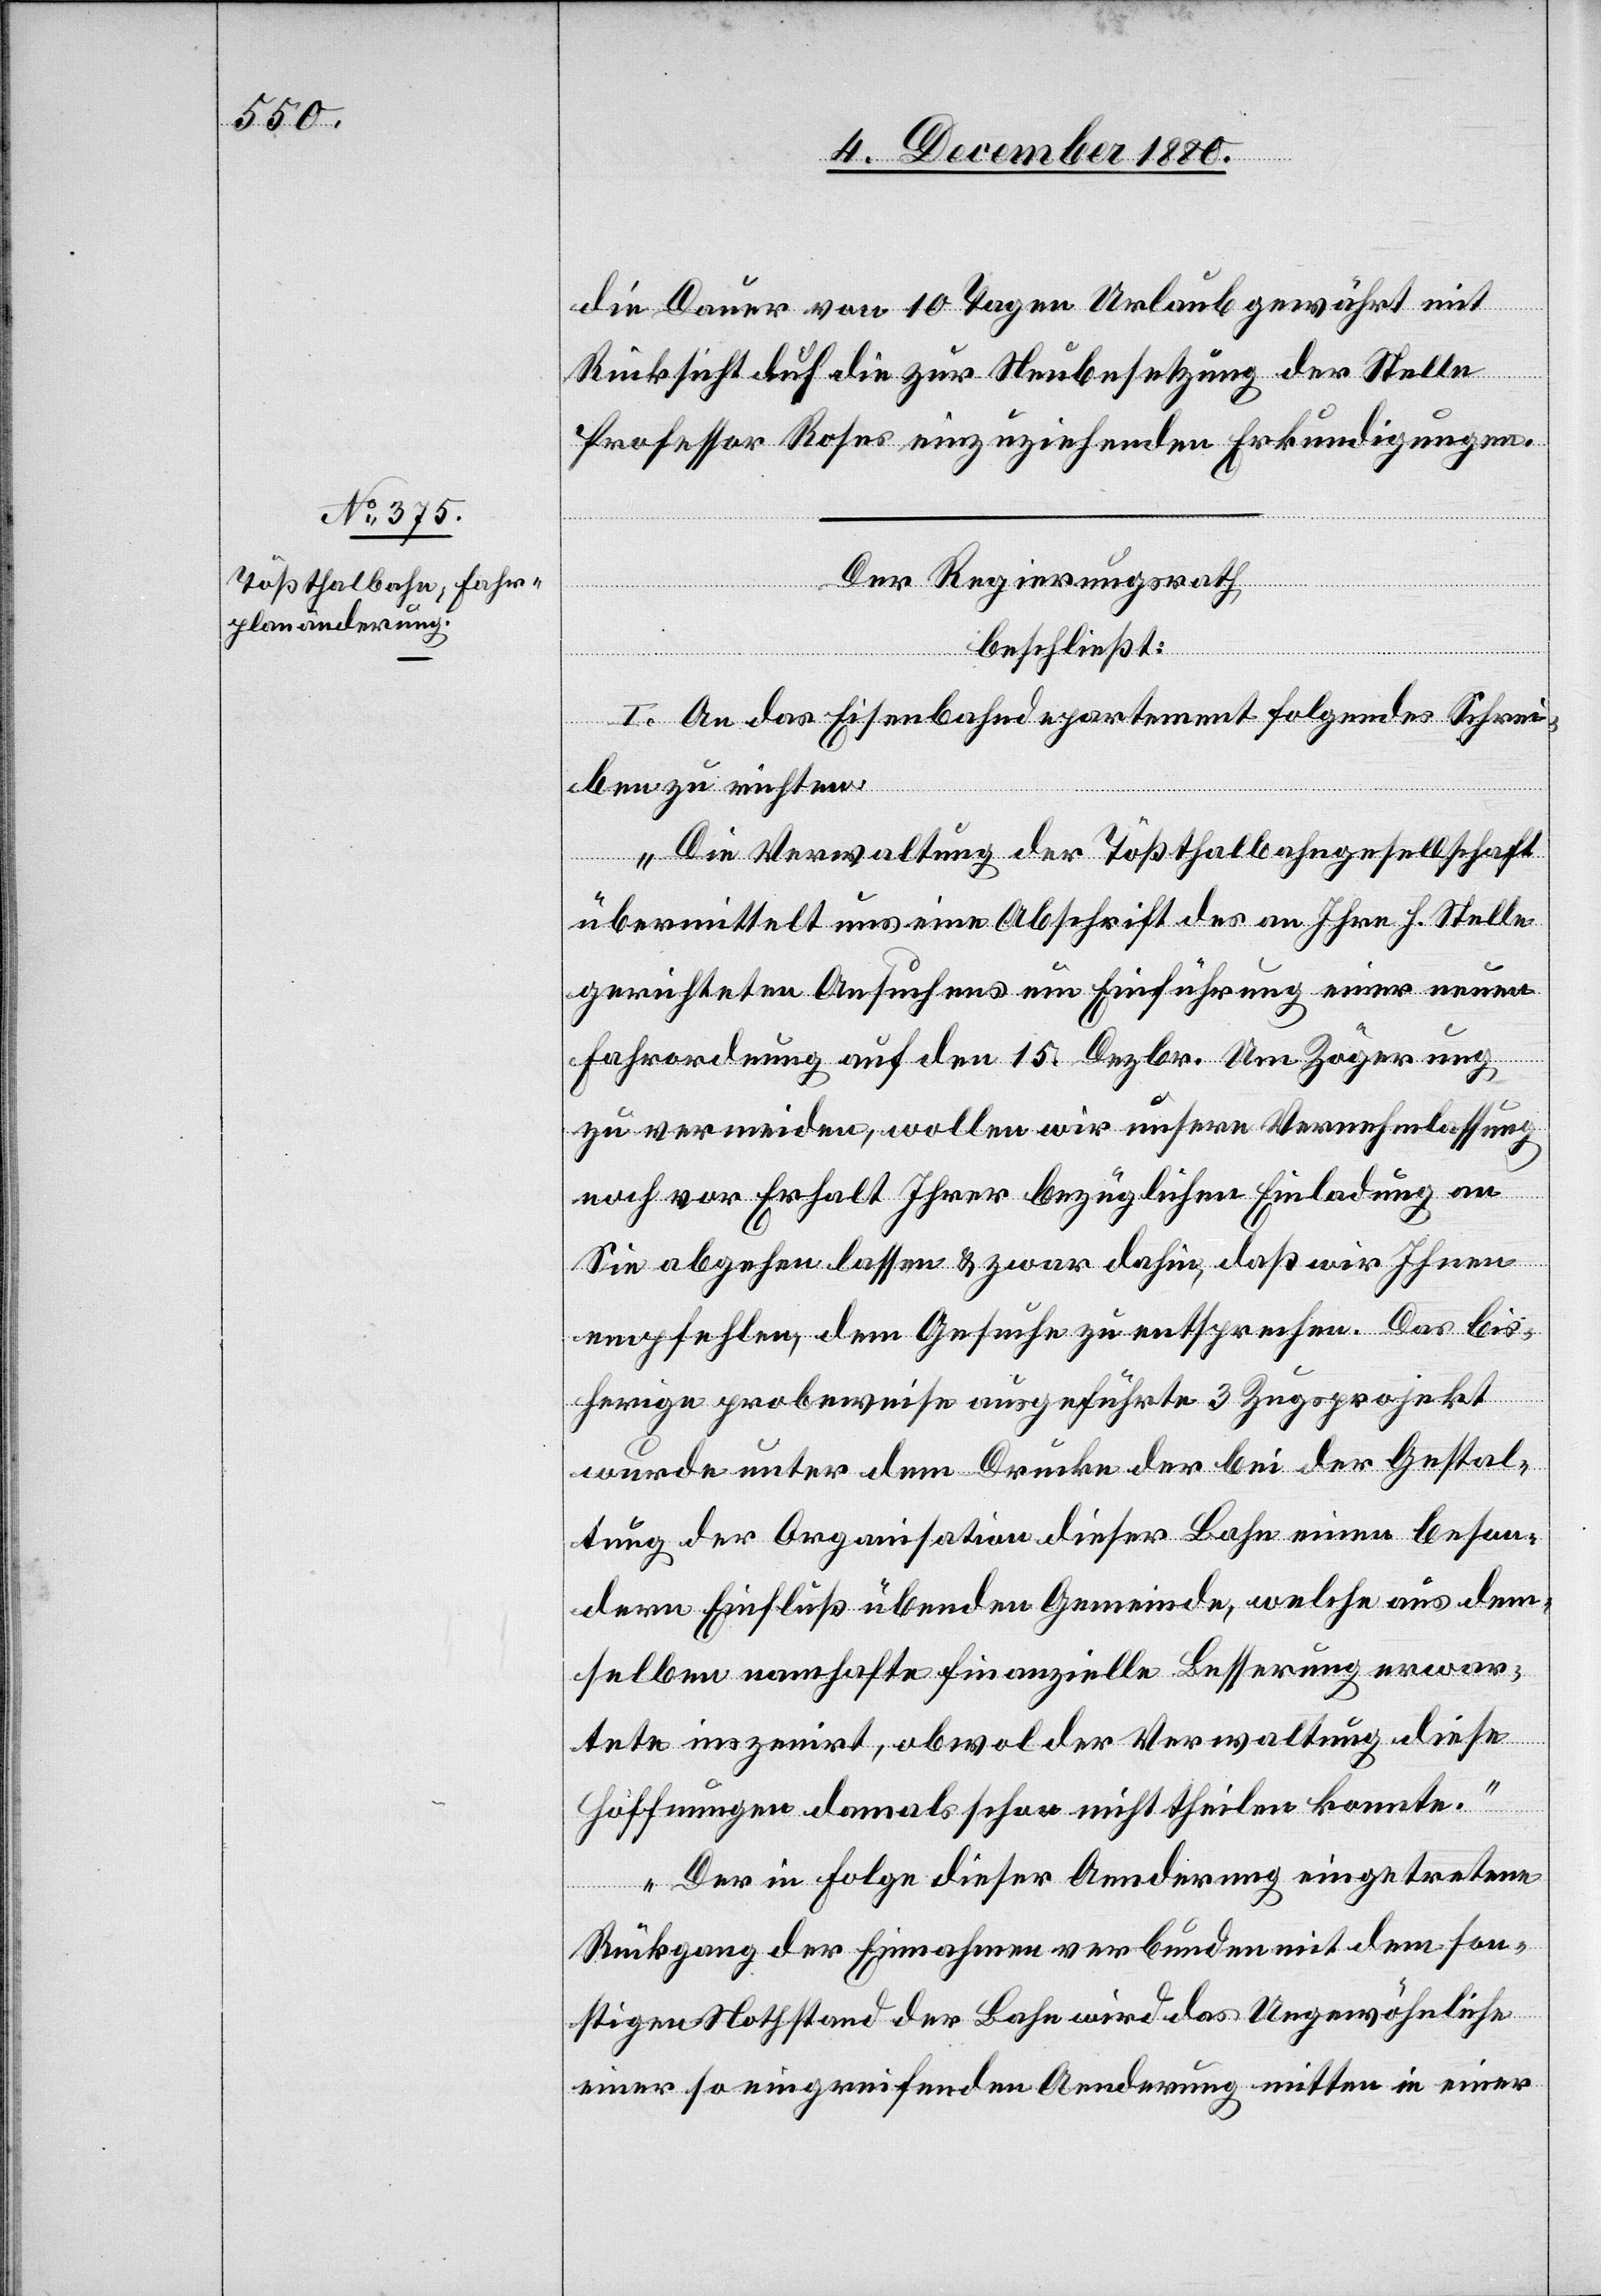
die Dauer von 10 Tagen Urlaub gewährt mit
Rücksicht [?auf] die zur Neubesetzung der Stelle
Professor Roses einzuziehenden Erkundigungen.
Der Regierungsrath,
beschließt:
I. An das Eisenbahndepartement folgendes Schrei¬
ben zu richten:
„Die Verwaltung der Tößthalbahngesellschaft
übermittelt uns eine Abschrift des an Ihre h. Stelle
gerichteten Ansuchens um Einführung einer neuen
Fahrordnung auf den 15. Dezbr. Um Zögerung
zu vermeiden, wollen wir unsere Vernehmlassung
noch vor Erhalt Ihrer bezüglichen Einladung an
Sie abgehen lassen & zwar dahin, daß wir Ihnen
empfehlen, dem Gesuche zu entsprechen. Das bis¬
herige probeweise ausgeführte 3 Zugsprojekt
wurde unter dem Drucke der bei der Gestal¬
tung der Organisation dieser Bahn einen beson¬
dern Einfluß übenden Gemeinde, welche aus dem¬
selben namhafte finanzielle Besserung erwar¬
tete inszeniert, obwol der Verwaltung [sic!] diese
Hoffnungen damals schon nicht theilen konnte.
Der in Folge dieser Aenderung eingetretene
Rückgang der Einnahme verbunden mit dem son¬
stigen Nothstand der Bahn wird das Ungewöhnliche
einer so eingreifenden Aenderung mitten in einer